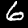
Digit: 6